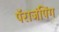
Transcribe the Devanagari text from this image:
पॅराजंपिंग